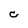
Character: C